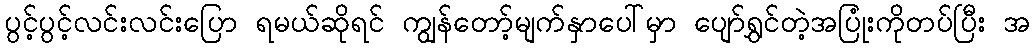
ပွင့်ပွင့်လင်းလင်းပြော ရမယ်ဆိုရင် ကျွန်တော့်မျက်နှာပေါ်မှာ ပျော်ရွှင်တဲ့အပြုံးကိုတပ်ပြီး အ